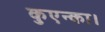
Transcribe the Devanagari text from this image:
कुएन्का।